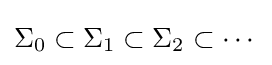
\Sigma _{0}\subset \Sigma _{1}\subset \Sigma _{2}\subset \cdots